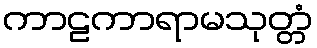
ကာဠကာရာမသုတ္တံ